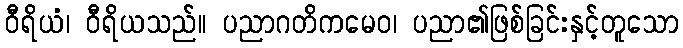
ဝီရိယံ၊ ဝီရိယသည်။ ပညာဂတိကမေဝ၊ ပညာ၏ဖြစ်ခြင်းနှင့်တူသော